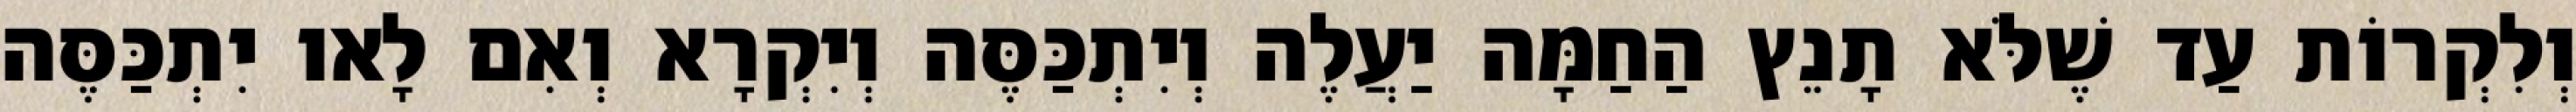
וְלִקְרוֹת עַד שֶׁלֹּא תָנֵץ הַחַמָּה יַעֲלֶה וְיִתְכַּסֶּה וְיִקְרָא וְאִם לָאו יִתְכַּסֶּה